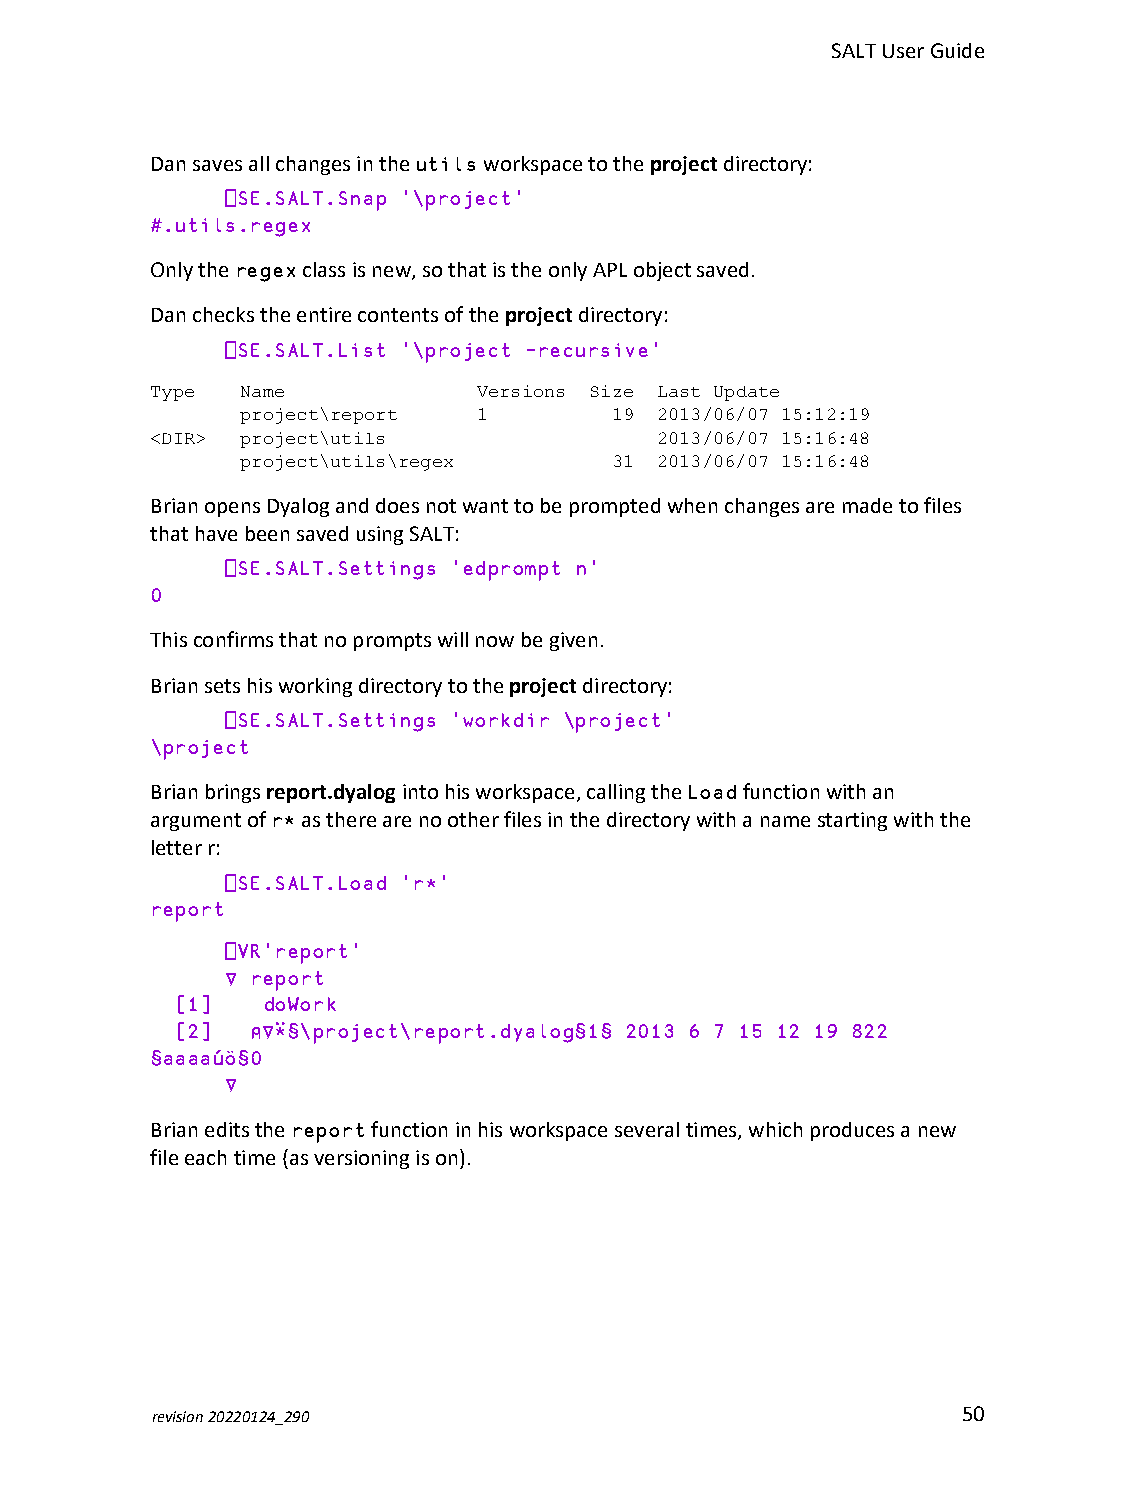
SALTUserGuide
 Dansavesallchangesintheutilsworkspacetotheprojectdirectory:
 ⎕SE.SALT.Snap '\project'
 #.utils.regex
 Onlytheregexclassisnew,sothatistheonlyAPLobjectsaved.
 Dancheckstheentirecontentsoftheprojectdirectory:
 ⎕SE.SALT.List '\project -recursive'
 Type  Name            Versions Size Last Update
 project\report  1       19 2013/06/07 15:12:19
 <DIR> project\utils              2013/06/07 15:16:48
 project\utils\regex     31 2013/06/07 15:16:48
 BrianopensDyaloganddoesnotwanttobepromptedwhenchangesaremadetofiles
 thathavebeensavedusingSALT:
 ⎕SE.SALT.Settings 'edprompt n'
 0
 Thisconfirmsthatnopromptswillnowbegiven.
 Briansetshisworkingdirectorytotheprojectdirectory:
 ⎕SE.SALT.Settings 'workdir \project'
 \project
 Brianbringsreport.dyalogintohisworkspace,callingtheLoadfunctionwithan
 argumentofr*astherearenootherfilesinthedirectorywithanamestartingwiththe
 letterr:
 ⎕SE.SALT.Load 'r*'
 report
 ⎕VR'report'
 ∇ report
 [1]  doWork
 [2]  ⍝∇⍣§\project\report.dyalog§1§ 2013 6 7 15 12 19 822
 §aaaaúö§0
 ∇
 Brianeditsthereportfunctioninhisworkspaceseveraltimes,whichproducesanew
 fileeachtime(asversioningison).
 revision20220124_290                                  50